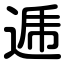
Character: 逓